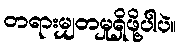
တရားမျှတမှုရှိဖို့ပါပဲ။